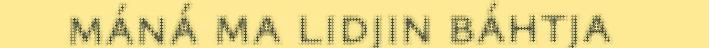
máná ma lidjin báhtja